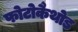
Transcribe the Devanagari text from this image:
फोटोकैथोड